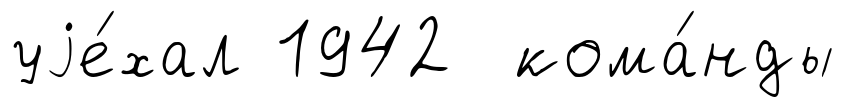
уjе́хал 1942 кома́нды